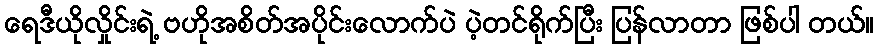
ရေဒီယိုလှိုင်းရဲ့ ဗဟိုအစိတ်အပိုင်းလောက်ပဲ ပဲ့တင်ရိုက်ပြီး ပြန်လာတာ ဖြစ်ပါ တယ်။